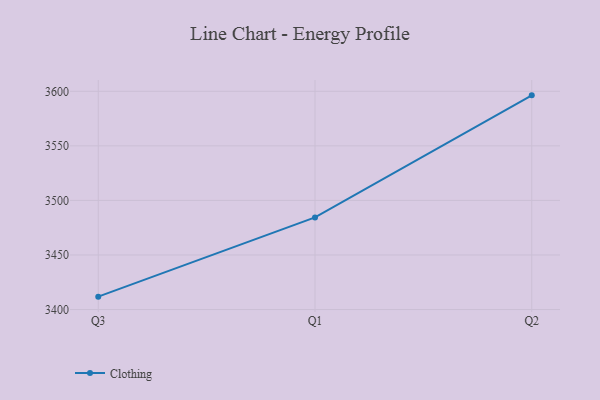
{"axis": {"x": "Quarter", "y": "Operating Costs (USD K)"}, "legend": ["Clothing"], "data": [{"x": "Q3", "y": 3411.8, "type": "Clothing"}, {"x": "Q1", "y": 3484.4, "type": "Clothing"}, {"x": "Q2", "y": 3596.3, "type": "Clothing"}]}